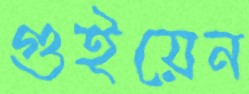
গুইয়েন